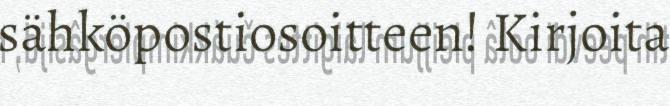
sähköpostiosoitteen! Kirjoita